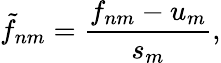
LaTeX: \tilde{f}_{nm}=\frac{f_{nm}-u_{m}}{s_{m}},